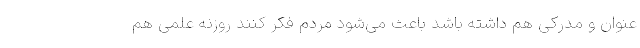
عنوان و مدرکی هم داشته باشد باعث می‌شود مردم فکر کنند روزنه علمی هم